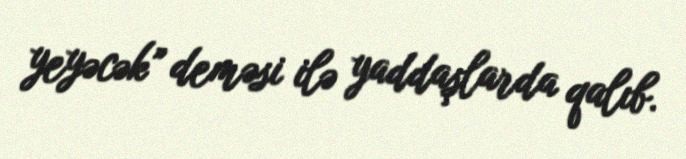
yeyəcək” deməsi ilə yaddaşlarda qalıb.